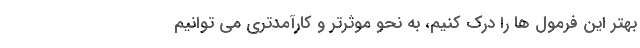
بهتر این فرمول ها را درک کنیم، به نحو موثرتر و کارآمدتری می توانیم